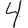
Digit: 4